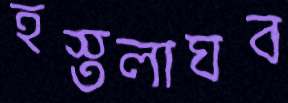
হস্তলাঘব